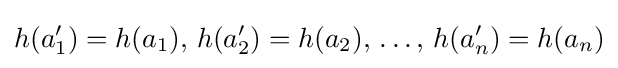
h(a_{1}')=h(a_{1}),\,h(a_{2}')=h(a_{2}),\,\dots ,\,h(a_{n}')=h(a_{n})